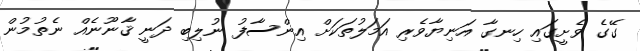
ގޭގެ ވެށީގައި ހިނގާ އަނިޔާވެރި އަމަލުތަކަށް އިންސާފު ނުލިބި ދަނީ ޤާނޫނެއް ނެތުމުން